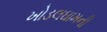
ખોડલઘામની